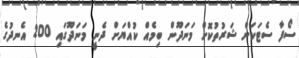
ސޯފާ ސެޓަކަށް ޝަރުތުކޮށް މަނަދޫން ބިމެއް ކުއްޔަށް ދެނީ މަނަދޫގައި 200 އެނދުގެ